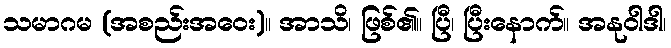
သမာဂမ (အစည်းအဝေး)။ အာသိ၊ ဖြစ်၏။ ပြီ၊ ပြီးနောက်။ အနုဝါဒါ၊